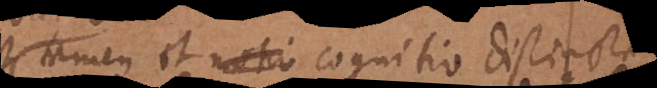
tamen et cognitio distincta